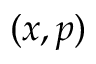
( x , p )